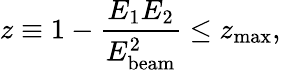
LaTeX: z\equiv 1-{\frac{E_{\mathrm{1}}E_{\mathrm{2}}}{E_{\mathrm{beam}}^{2}}}\leq z_{\mathrm{max}},